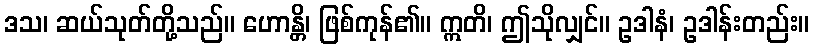
ဒသ၊ ဆယ်သုတ်တို့သည်။ ဟောန္တိ၊ ဖြစ်ကုန်၏။ ဣတိ၊ ဤသိုလျှင်။ ဥဒါနံ၊ ဥဒါန်းတည်း။